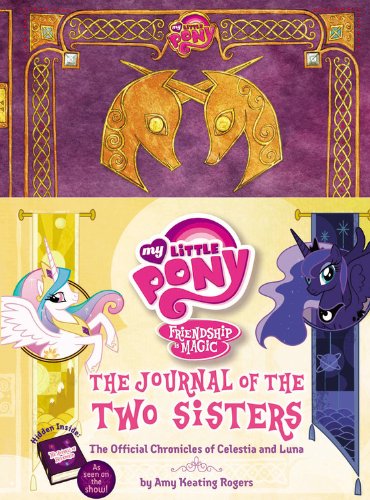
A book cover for My Little Pony: The Journal of the Two Sisters: The Official Chronicles of Princesses Celestia and Luna (My Little Pony, Friendship Is Magic); Amy Keating Rogers; Children's Books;